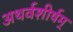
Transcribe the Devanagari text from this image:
अथर्वशीर्षम्